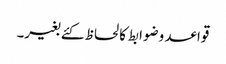
قواعد وضوابط کا لحاظ کئے بغیر۔